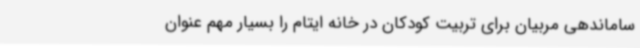
ساماندهی مربیان برای تربیت کودکان در خانه ایتام را بسیار مهم عنوان